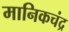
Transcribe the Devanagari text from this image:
मानिकचंद्र